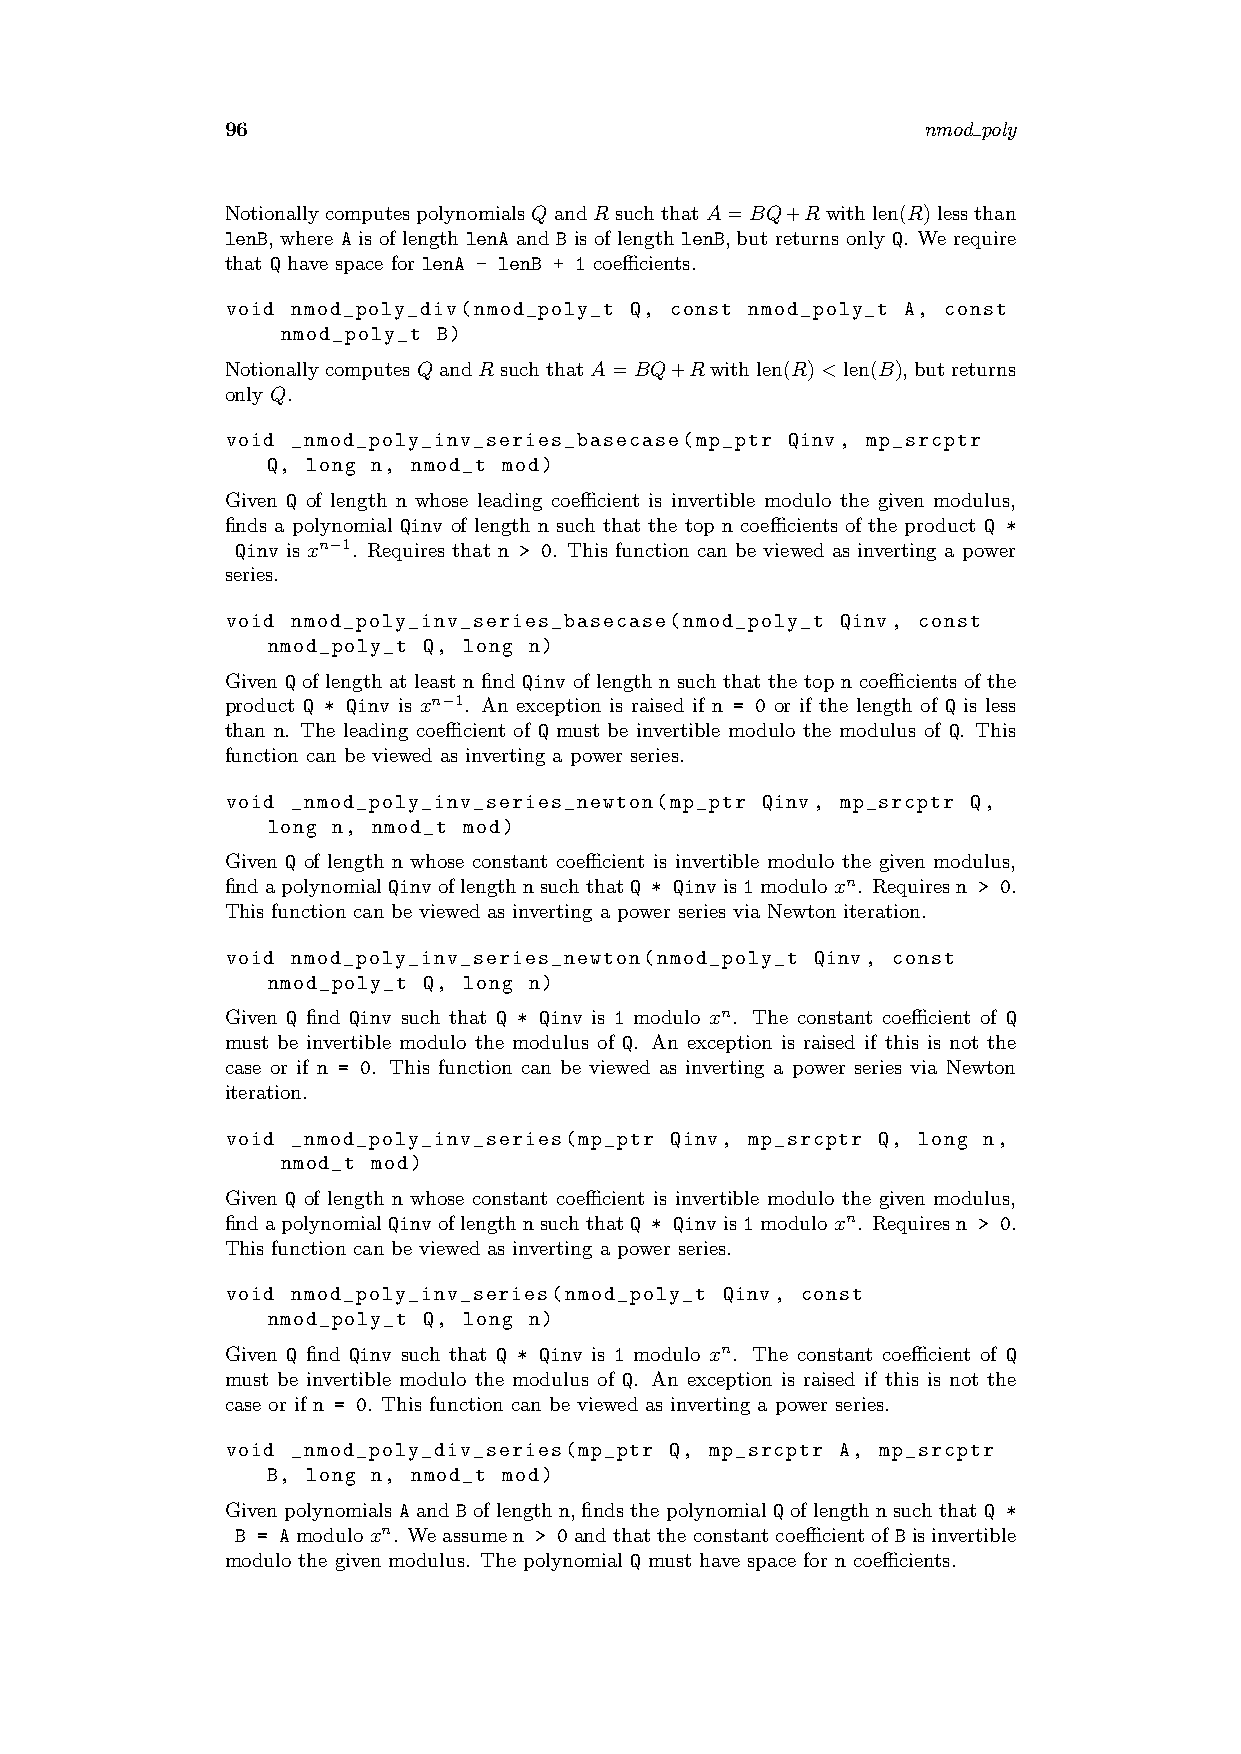
96                                            nmod poly
 NotionallycomputespolynomialsQandR suchthatA=BQ+R withlen(R)lessthan
 lenB, where A is of length lenA and B is of length lenB, but returns only Q. We require
 that Q have space for lenA - lenB + 1 coefficients.
 void nmod_poly_div(nmod_poly_t Q, const nmod_poly_t A, const
 nmod_poly_t B)
 NotionallycomputesQandRsuchthatA=BQ+Rwithlen(R)<len(B),butreturns
 only Q.
 void _nmod_poly_inv_series_basecase(mp_ptr Qinv, mp_srcptr
 Q, long n, nmod_t mod)
 Given Q of length n whose leading coefficient is invertible modulo the given modulus,
 finds a polynomial Qinv of length n such that the top n coefficients of the product Q *
 Qinv is xn−1. Requires that n > 0. This function can be viewed as inverting a power
 series.
 void nmod_poly_inv_series_basecase(nmod_poly_t Qinv, const
 nmod_poly_t Q, long n)
 Given Q of length at least n find Qinv of length n such that the top n coefficients of the
 product Q * Qinv is xn−1. An exception is raised if n = 0 or if the length of Q is less
 than n. The leading coefficient of Q must be invertible modulo the modulus of Q. This
 function can be viewed as inverting a power series.
 void _nmod_poly_inv_series_newton(mp_ptr Qinv, mp_srcptr Q,
 long n, nmod_t mod)
 Given Q of length n whose constant coefficient is invertible modulo the given modulus,
 findapolynomialQinvoflengthnsuchthatQ * Qinvis1moduloxn. Requiresn > 0.
 This function can be viewed as inverting a power series via Newton iteration.
 void nmod_poly_inv_series_newton(nmod_poly_t Qinv, const
 nmod_poly_t Q, long n)
 Given Q find Qinv such that Q * Qinv is 1 modulo xn. The constant coefficient of Q
 must be invertible modulo the modulus of Q. An exception is raised if this is not the
 case or if n = 0. This function can be viewed as inverting a power series via Newton
 iteration.
 void _nmod_poly_inv_series(mp_ptr Qinv, mp_srcptr Q, long n,
 nmod_t mod)
 Given Q of length n whose constant coefficient is invertible modulo the given modulus,
 findapolynomialQinvoflengthnsuchthatQ * Qinvis1moduloxn. Requiresn > 0.
 This function can be viewed as inverting a power series.
 void nmod_poly_inv_series(nmod_poly_t Qinv, const
 nmod_poly_t Q, long n)
 Given Q find Qinv such that Q * Qinv is 1 modulo xn. The constant coefficient of Q
 must be invertible modulo the modulus of Q. An exception is raised if this is not the
 case or if n = 0. This function can be viewed as inverting a power series.
 void _nmod_poly_div_series(mp_ptr Q, mp_srcptr A, mp_srcptr
 B, long n, nmod_t mod)
 Given polynomials A and B of length n, finds the polynomial Q of length n such that Q *
 B = Amoduloxn. Weassumen > 0andthattheconstantcoefficientofBisinvertible
 modulo the given modulus. The polynomial Q must have space for n coefficients.